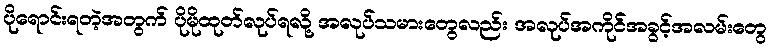
ပိုရောင်းရတဲ့အတွက် ပိုမိုထုတ်လုပ်ရလို့ အလုပ်သမားတွေလည်း အလုပ်အကိုင်အခွင့်အလမ်းတွေ